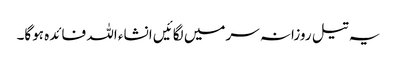
یہ تیل روزانہ سرمیں لگائیں انشاء اللہ فائدہ ہوگا۔